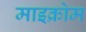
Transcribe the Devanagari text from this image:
माइक्रोम